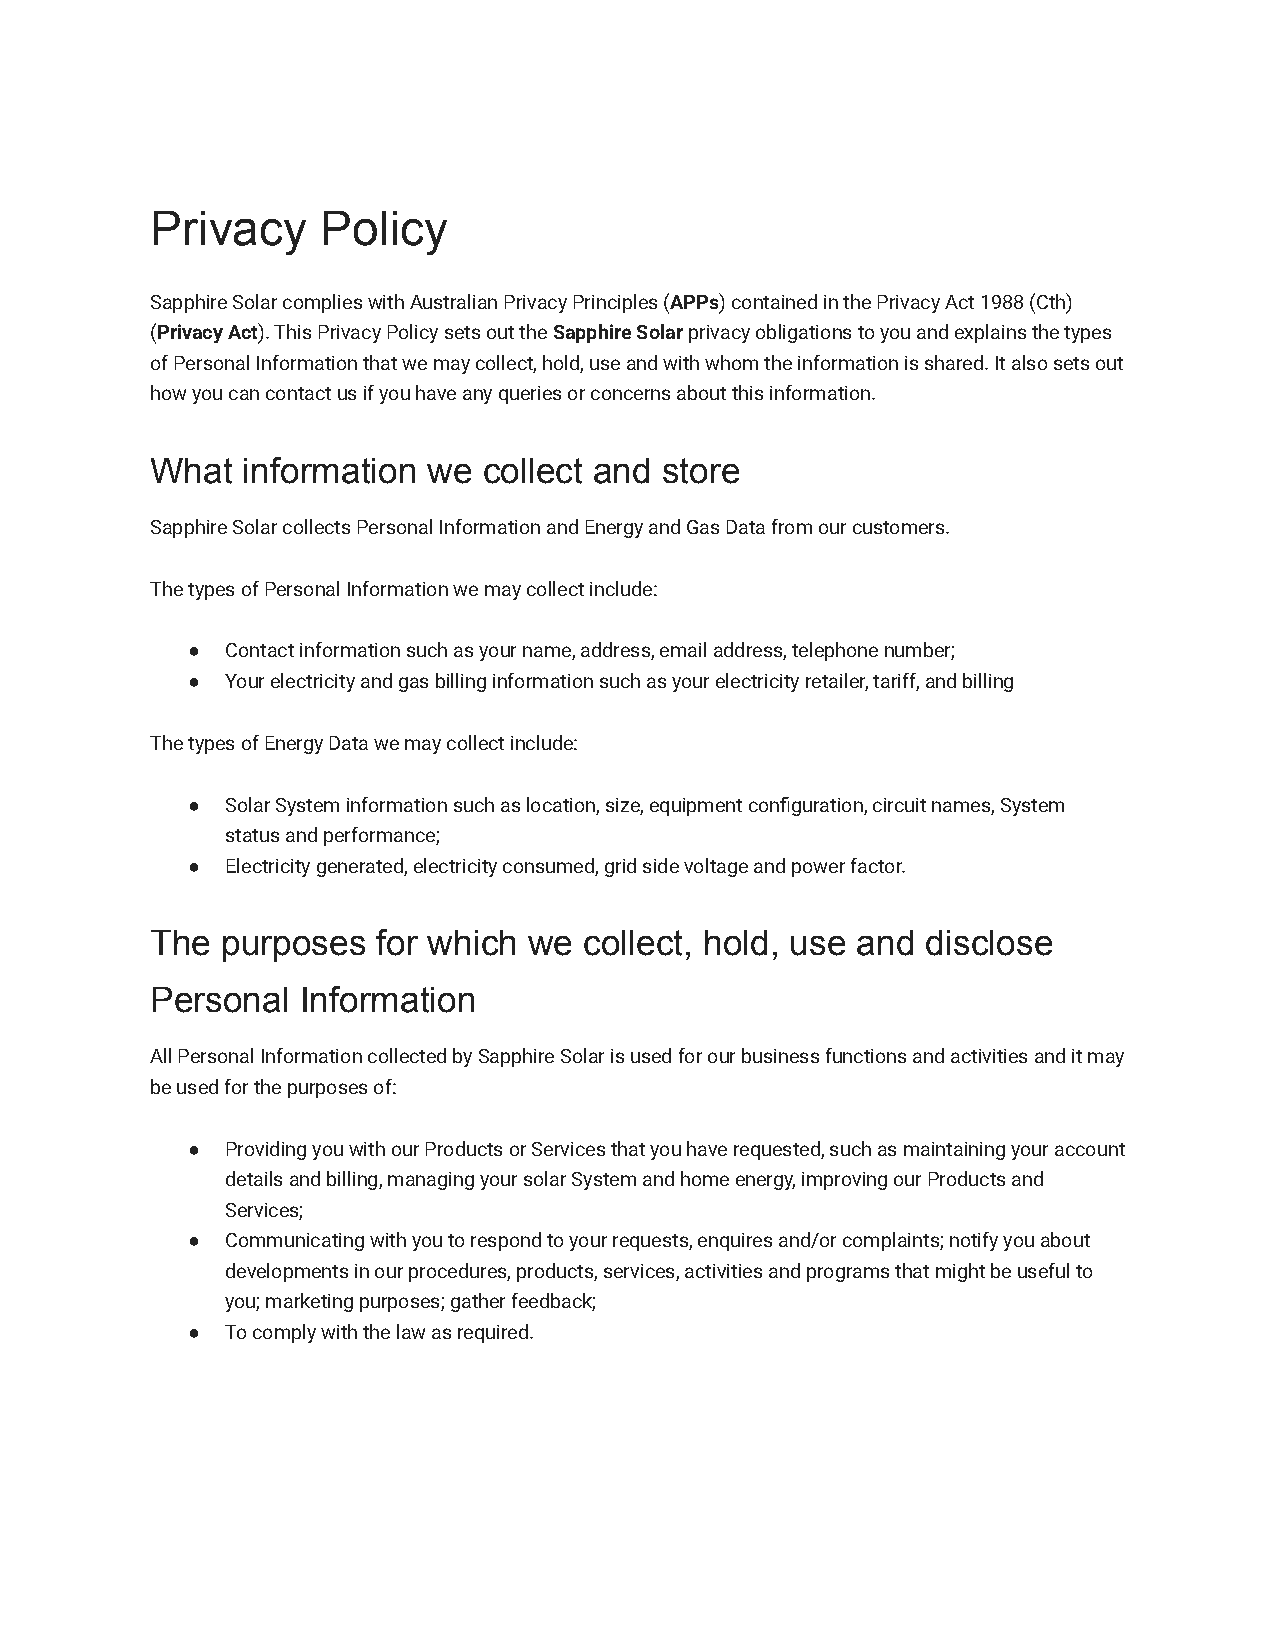
Privacy    Policy
 Sapphire Solar complies with Australian Privacy Principles(APPs) contained in the Privacy Act 1988 (Cth)
 (Privacy Act). This Privacy Policy sets out theSapphireSolarprivacy obligations to you and explains thetypes
 of Personal Information that we may collect, hold,use and with whom the information is shared. It alsosets out
 how you can contact us if you have any queries orconcerns about this information.
 What  information we  collect and store
 Sapphire Solar collects Personal Information and Energyand Gas Data from our customers.
 The types of Personal Information we may collect include:
 ●  Contact information such as your name, address, emailaddress, telephone number;
 ●  Your electricity and gas billing information suchas your electricity retailer, tariff, and billing
 The types of Energy Data we may collect include:
 ●  Solar System information such as location, size, equipmentconfiguration, circuit names, System
 status and performance;
 ●  Electricity generated, electricity consumed, gridside voltage and power factor.
 The  purposes  for which we  collect, hold, use and disclose
 Personal  Information
 All Personal Information collected by Sapphire Solaris used for our business functions and activitiesand it may
 be used for the purposes of:
 ●  Providing you with our Products or Services that youhave requested, such as maintaining your account
 details and billing, managing your solar System andhome energy, improving our Products and
 Services;
 ●  Communicating with you to respond to your requests,enquires and/or complaints; notify you about
 developments in our procedures, products, services,activities and programs that might be useful to
 you; marketing purposes; gather feedback;
 ●  To comply with the law as required.